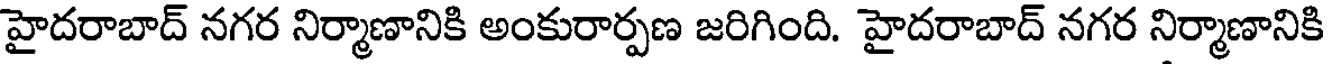
హైదరాబాద్ నగర నిర్మాణానికి అంకురార్పణ జరిగింది. హైదరాబాద్ నగర నిర్మాణానికి